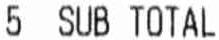
5 SUB TOTAL